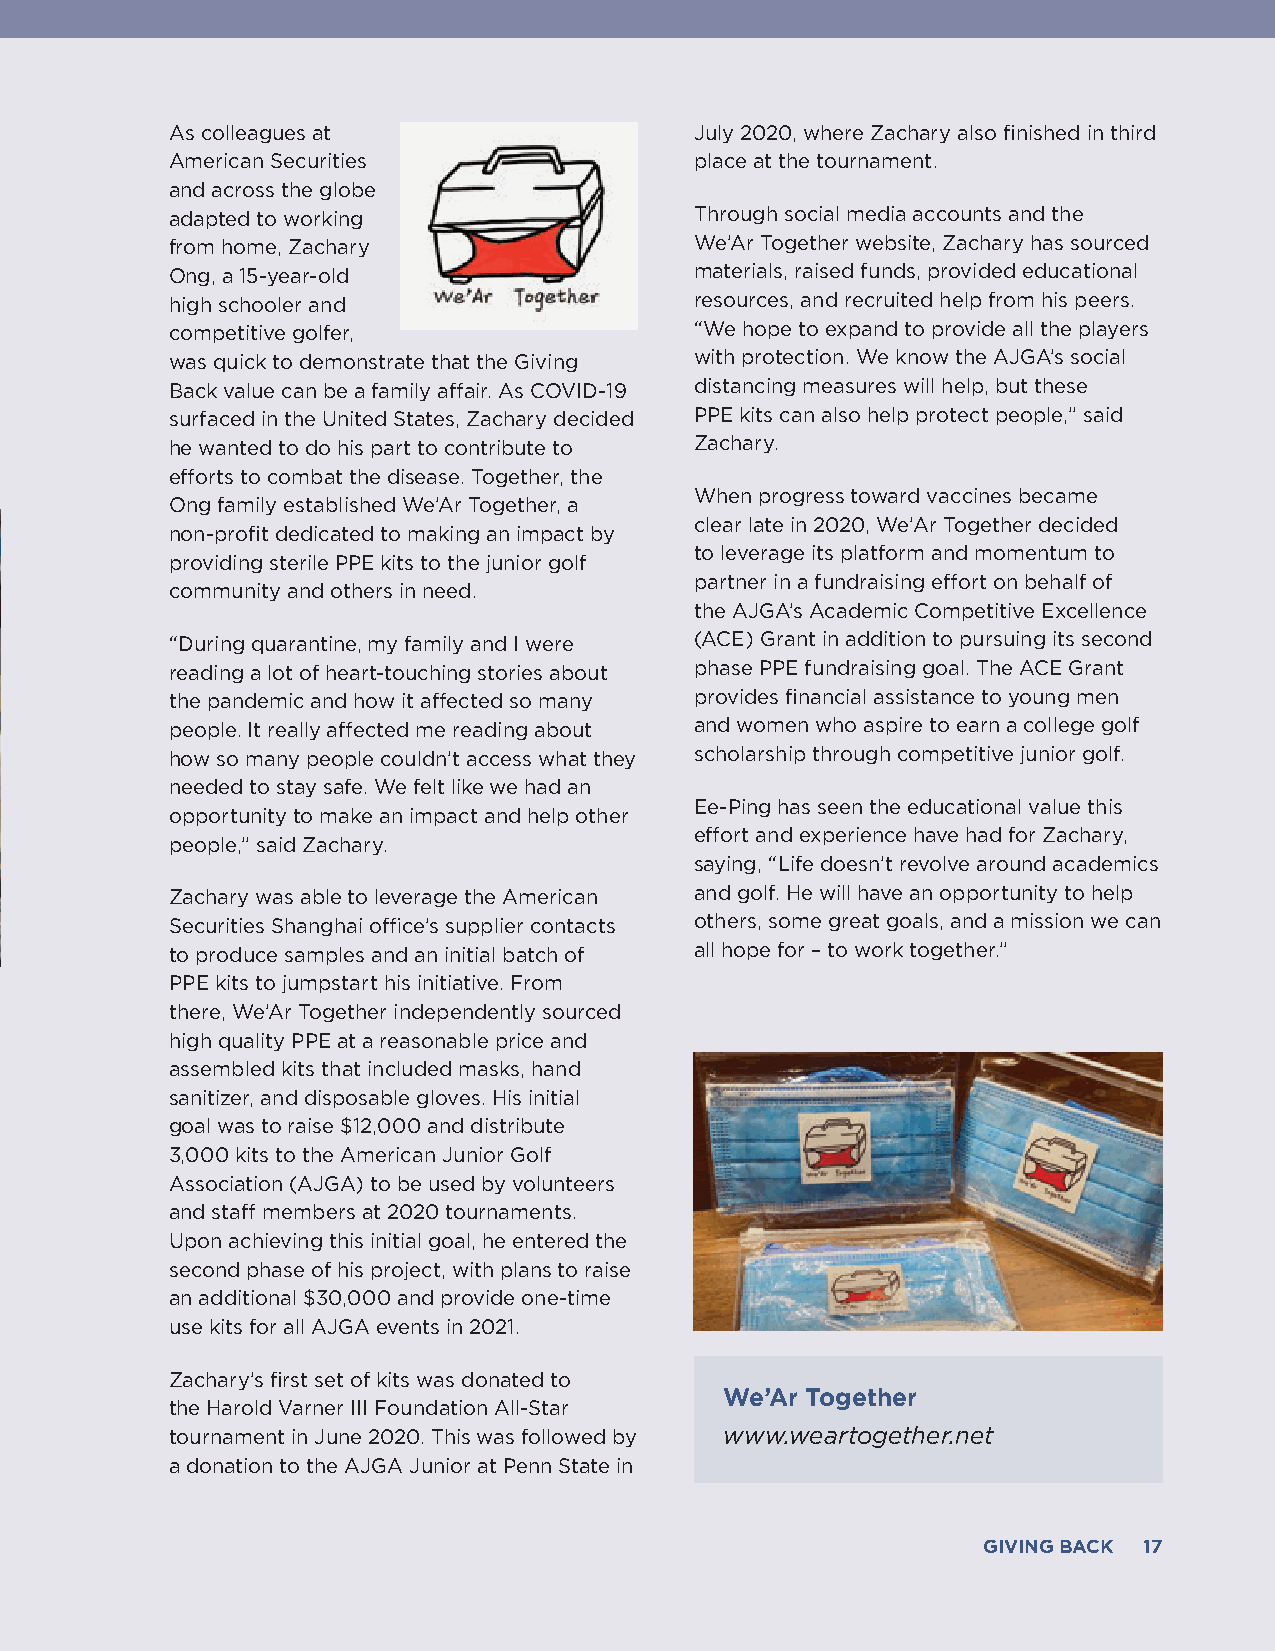
As colleagues at                   July 2020, where Zachary also finished in third
 American Securities                place at the tournament.
 and across the globe
 adapted to working                 Through social media accounts and the
 from home, Zachary                 We’Ar Together website, Zachary has sourced
 Ong, a 15-year-old                 materials, raised funds, provided educational
 high schooler and                  resources, and recruited help from his peers.
 competitive golfer,                “We hope to expand to provide all the players
 was quick to demonstrate that the Giving with protection. We know the AJGA’s social
 Back value can be a family affair. As COVID-19 distancing measures will help, but these
 surfaced in the United States, Zachary decided PPE kits can also help protect people,” said
 he wanted to do his part to contribute to Zachary.
 efforts to combat the disease. Together, the
 When progress toward vaccines became
 Ong family established We’Ar Together, a
 clear late in 2020, We’Ar Together decided
 non-profit dedicated to making an impact by
 to leverage its platform and momentum to
 providing sterile PPE kits to the junior golf
 partner in a fundraising effort on behalf of
 community and others in need.
 the AJGA’s Academic Competitive Excellence
 “During quarantine, my family and I were (ACE) Grant in addition to pursuing its second
 reading a lot of heart-touching stories about phase PPE fundraising goal. The ACE Grant
 the pandemic and how it affected so many provides financial assistance to young men
 people. It really affected me reading about and women who aspire to earn a college golf
 how so many people couldn’t access what they scholarship through competitive junior golf.
 needed to stay safe. We felt like we had an
 Ee-Ping has seen the educational value this
 opportunity to make an impact and help other
 effort and experience have had for Zachary,
 people,” said Zachary.
 saying, “Life doesn’t revolve around academics
 Zachary was able to leverage the American and golf. He will have an opportunity to help
 Securities Shanghai office’s supplier contacts others, some great goals, and a mission we can
 to produce samples and an initial batch of all hope for – to work together.”
 PPE kits to jumpstart his initiative. From
 there, We’Ar Together independently sourced
 high quality PPE at a reasonable price and
 assembled kits that included masks, hand
 sanitizer, and disposable gloves. His initial
 goal was to raise $12,000 and distribute
 3,000 kits to the American Junior Golf
 Association (AJGA) to be used by volunteers
 and staff members at 2020 tournaments.
 Upon achieving this initial goal, he entered the
 second phase of his project, with plans to raise
 an additional $30,000 and provide one-time
 use kits for all AJGA events in 2021.
 Zachary’s first set of kits was donated to
 We’Ar Together
 the Harold Varner III Foundation All-Star
 tournament in June 2020. This was followed by www.weartogether.net
 a donation to the AJGA Junior at Penn State in
 GIVING BACK 17